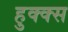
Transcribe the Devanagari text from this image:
हुक्क्स